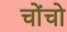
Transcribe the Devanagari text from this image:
चोंचो